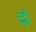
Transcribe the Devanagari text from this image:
व्रद्धी